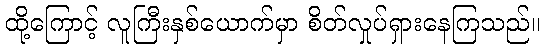
ထို့ကြောင့် လူကြီးနှစ်ယောက်မှာ စိတ်လှုပ်ရှားနေကြသည်။